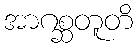
အာဂစ္ဆတူတိ